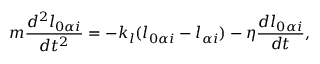
m \frac { d ^ { 2 } l _ { 0 \alpha i } } { d t ^ { 2 } } = - k _ { l } ( l _ { 0 \alpha i } - l _ { \alpha i } ) - \eta \frac { d l _ { 0 \alpha i } } { d t } ,